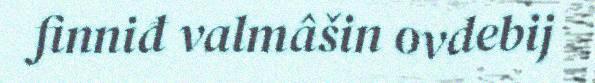
finniđ valmâšin ovdebij